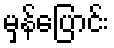
မှန်ပြောင်း